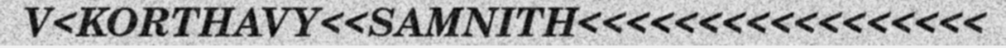
V<KORTHAVY<<SAMNITH<<<<<<<<<<<<<<<<<